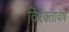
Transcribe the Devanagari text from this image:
विरक्तावेष